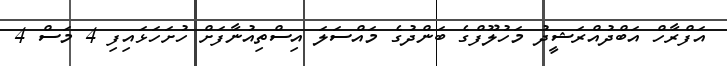
އަފްރާހް އަބްދުއްރަޝީދު މަހުލޫފްގެ ބަންދުގެ މައްސަލަ އިސްތިއުނާފަށް ހުށަހަޅައިފި 4 މަސް 4